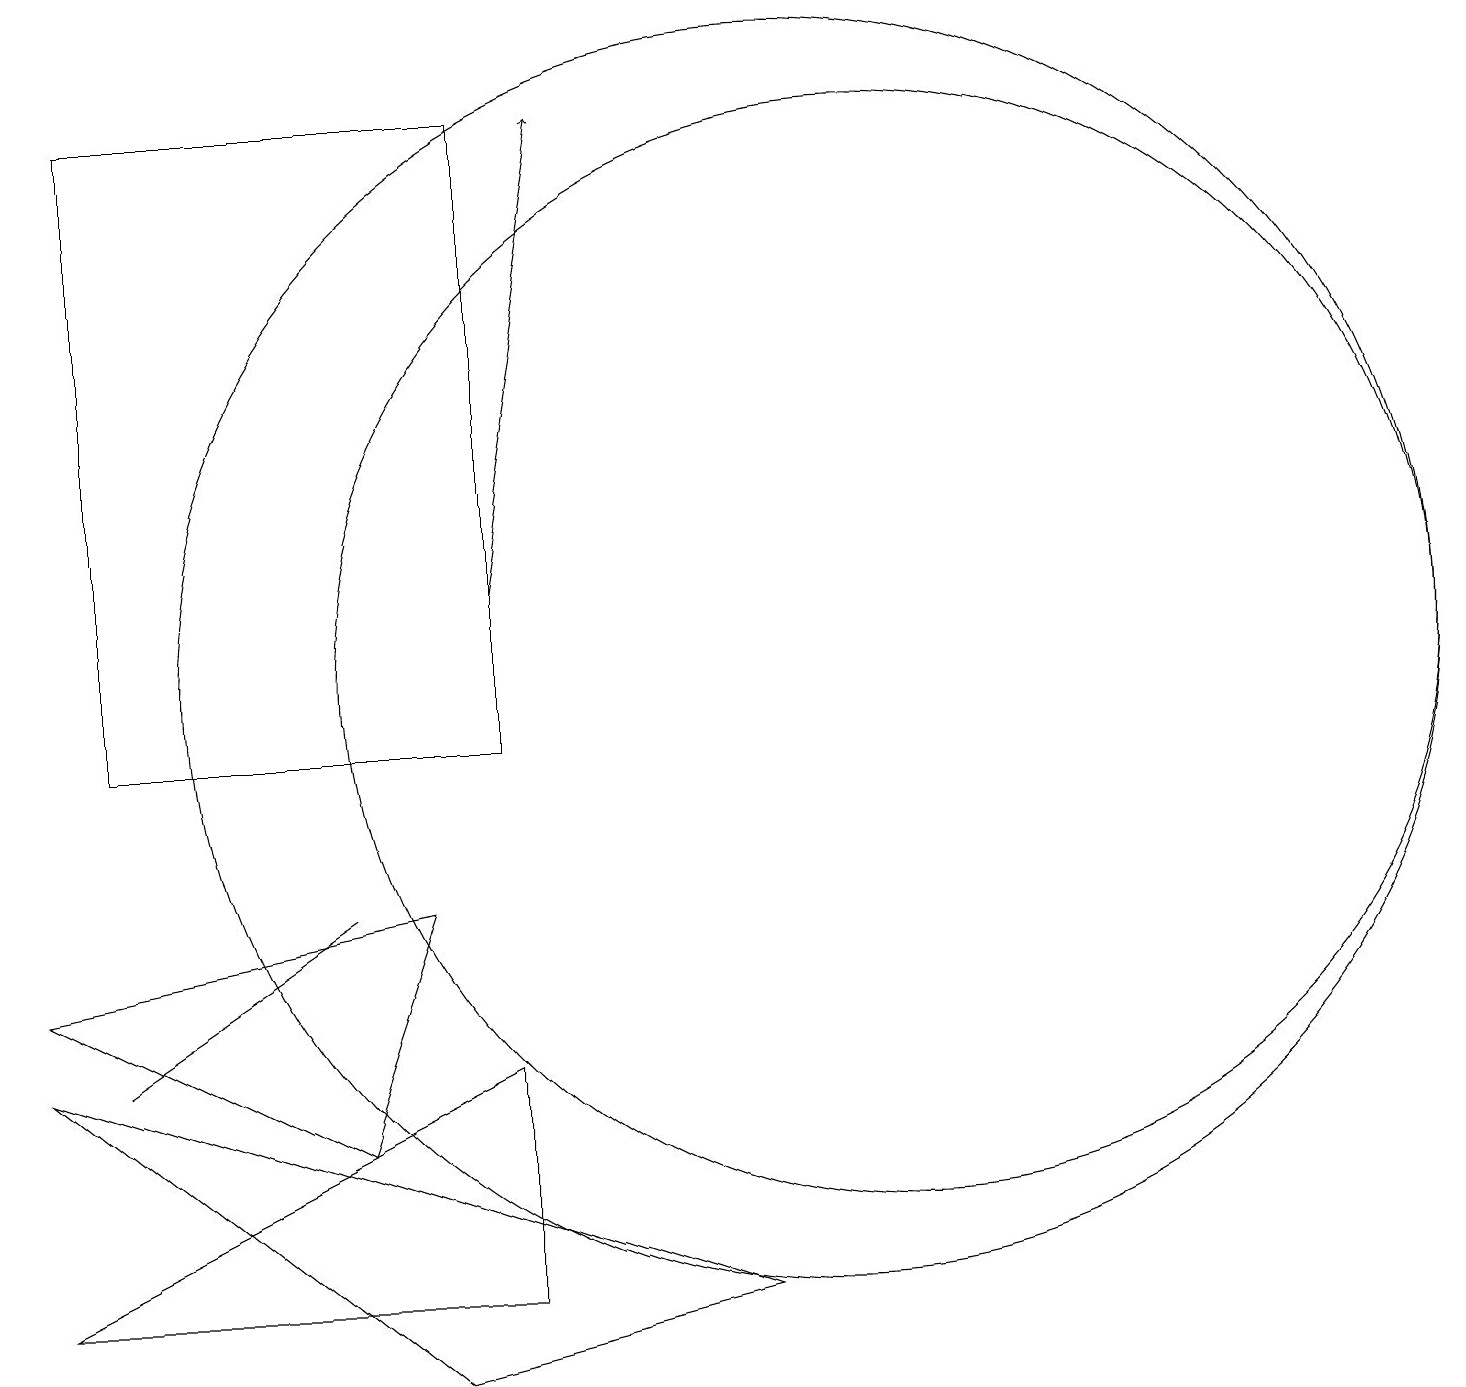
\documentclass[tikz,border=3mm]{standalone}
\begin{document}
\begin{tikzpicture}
\draw (10,12) circle (8);
\draw (0,4) -- (6,7) -- (6,4) -- cycle;
\draw (11,12) circle (7);
\draw[->] (6,13) -- (7,19);
\draw (4,6) -- (5,9) -- (0,8) -- cycle;
\draw (1,7) -- (1,7) -- (4,9) -- cycle;
\draw (1,19) rectangle (6,11);
\draw (5,3) -- (9,4) -- (0,7) -- cycle;
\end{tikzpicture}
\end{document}